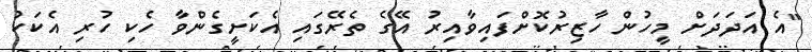
"އެ އަދަދަށް މީހުން ހާޒިރުކޮށްފައިވާއިރު އޭގެ ތެރޭގައި އެކަށީގެންވާ ހެކި ހުރި އެކަކު